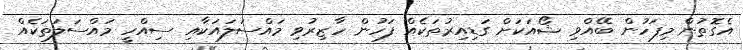
އެގޮތުން މިފަހުން ބޭއްވި ޝޯއަކަށް ގަޑިއިރުތަކެއް ފަހުން ހާޒިރުވި މައްސަލައަކާއި ސިއްހީ މައްސަލަތަކެއް